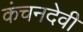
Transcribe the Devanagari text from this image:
कंचनदेवी